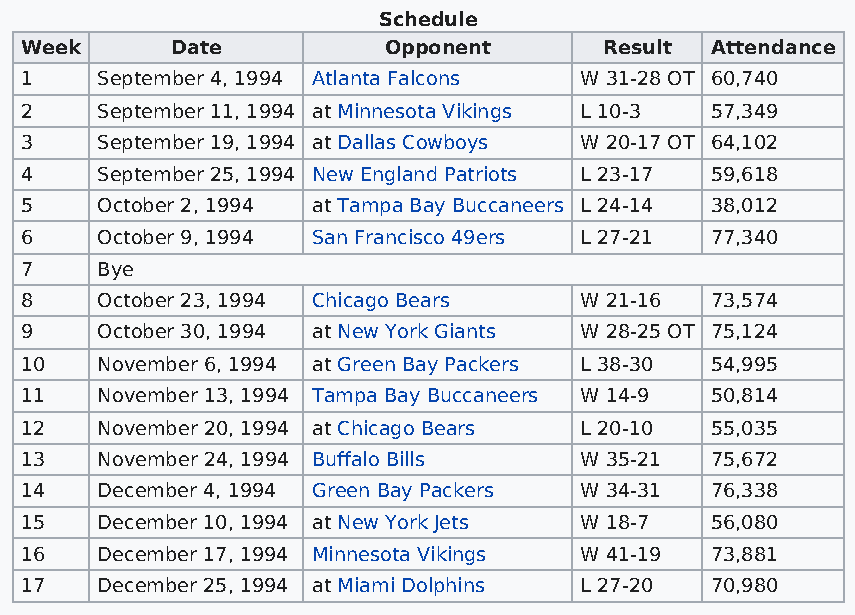
Schedule
 Week      Date          Opponent       Result Attendance
 1    September 4, 1994 Atlanta Falcons W 31-28 OT 60,740
 2    September 11, 1994 at Minnesota Vikings L 10-3 57,349
 3    September 19, 1994 at Dallas Cowboys W 20-17 OT 64,102
 4    September 25, 1994 New England Patriots L 23-17 59,618
 5    October 2, 1994 at Tampa Bay Buccaneers L 24-14 38,012
 6    October 9, 1994 San Francisco 49ers L 27-21 77,340
 7    Bye
 8    October 23, 1994 Chicago Bears  W 21-16  73,574
 9    October 30, 1994 at New York Giants W 28-25 OT 75,124
 10   November 6, 1994 at Green Bay Packers L 38-30 54,995
 11   November 13, 1994 Tampa Bay Buccaneers W 14-9 50,814
 12   November 20, 1994 at Chicago Bears L 20-10 55,035
 13   November 24, 1994 Buffalo Bills W 35-21  75,672
 14   December 4, 1994 Green Bay Packers W 34-31 76,338
 15   December 10, 1994 at New York Jets W 18-7 56,080
 16   December 17, 1994 Minnesota Vikings W 41-19 73,881
 17   December 25, 1994 at Miami Dolphins L 27-20 70,980